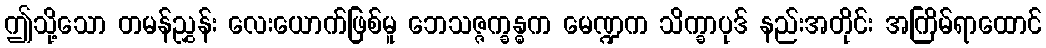
ဤသို့သော တမန်ညွှန်း လေးယောက်ဖြစ်မူ ဘေသဇ္ဇက္ခန္ဓက မေဏ္ဍက သိက္ခာပုဒ် နည်းအတိုင်း အကြိမ်ရာထောင်